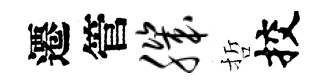
遷管肌哲挍